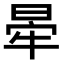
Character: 𣇟